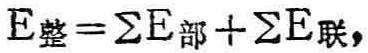
$E_{整}=\sum E_{部}+\sum E_{联},$